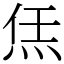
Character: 㶵